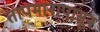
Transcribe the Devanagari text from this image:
तापमानापासून